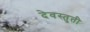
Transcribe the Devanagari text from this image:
देवस्तुती